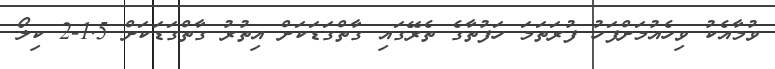
ވުމާއެކު ވިހެއުމަށްފަހު ފުރަތަމަ ހަފުތާގެ ތެރޭގައި ގާތްގަޑަކަށް އިތުރު ގާތްގަޑަކަށް 1.5-2 ކިލޯ